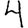
Digit: 4